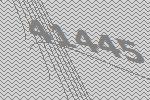
41445